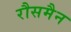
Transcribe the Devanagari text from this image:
रौसमैन